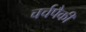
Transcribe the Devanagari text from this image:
चर्चपैकी